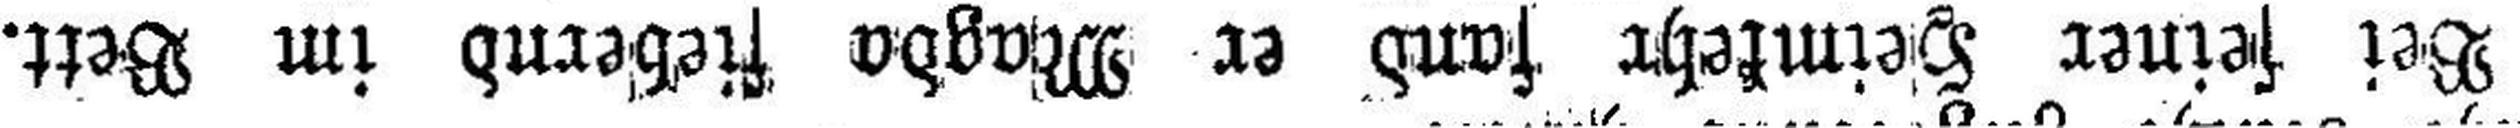
Bei seiner Heimkehr fand er Magda fiebernd im Bett.